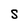
Character: S